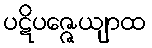
ပဋိပဇ္ဇေယျာထ